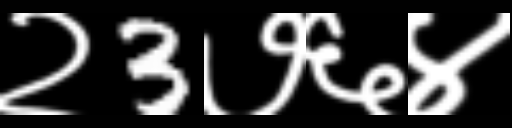
Text: २3७६४